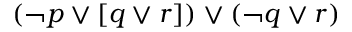
( \neg p \lor [ q \lor r ] ) \lor ( \neg q \lor r )